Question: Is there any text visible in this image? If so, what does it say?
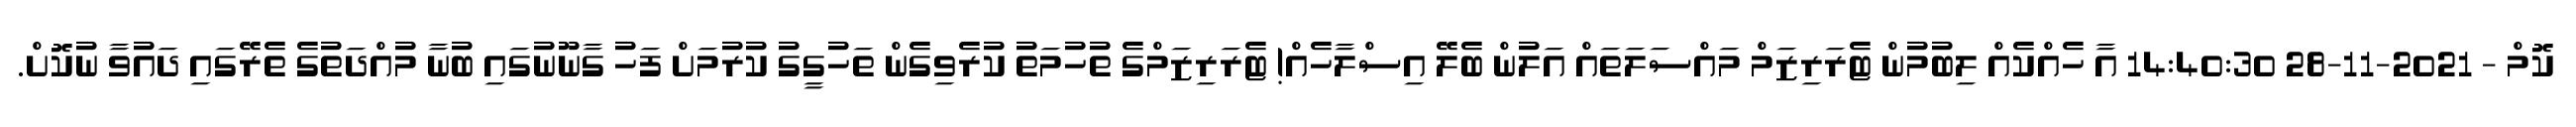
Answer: ކޮމް - 2021-11-28 14:40:30 އާ ހެއްކެއް ލިބުމުން ޓެރަރިޒަމް މައްސަލަތައް އަލުން ބެލޭ އިސްލާހެއް! ޓެރަރިޒަމްގެ ތުހުމަތު ކުރެވިގެން ތަހުގީގު ކުރުމަށް ފަހު ގާނޫނުގައި ބުނާ މުއްދަތުގެ ތެރޭގައި ދައުވާ ނުކޮށް.